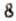
8